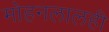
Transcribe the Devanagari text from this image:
मोहनलालही